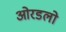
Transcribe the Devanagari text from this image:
ओरडलो